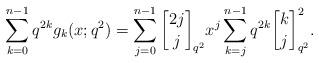
LaTeX: \begin{align*}\sum_{k=0}^{n-1}q^{2k}g_k(x;q^2) =\sum_{j=0}^{n-1} {2j\brack j}_{q^2}x^j\sum_{k=j}^{n-1}q^{2k} {k\brack j}_{q^2}^2.\end{align*}